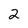
Character: 2